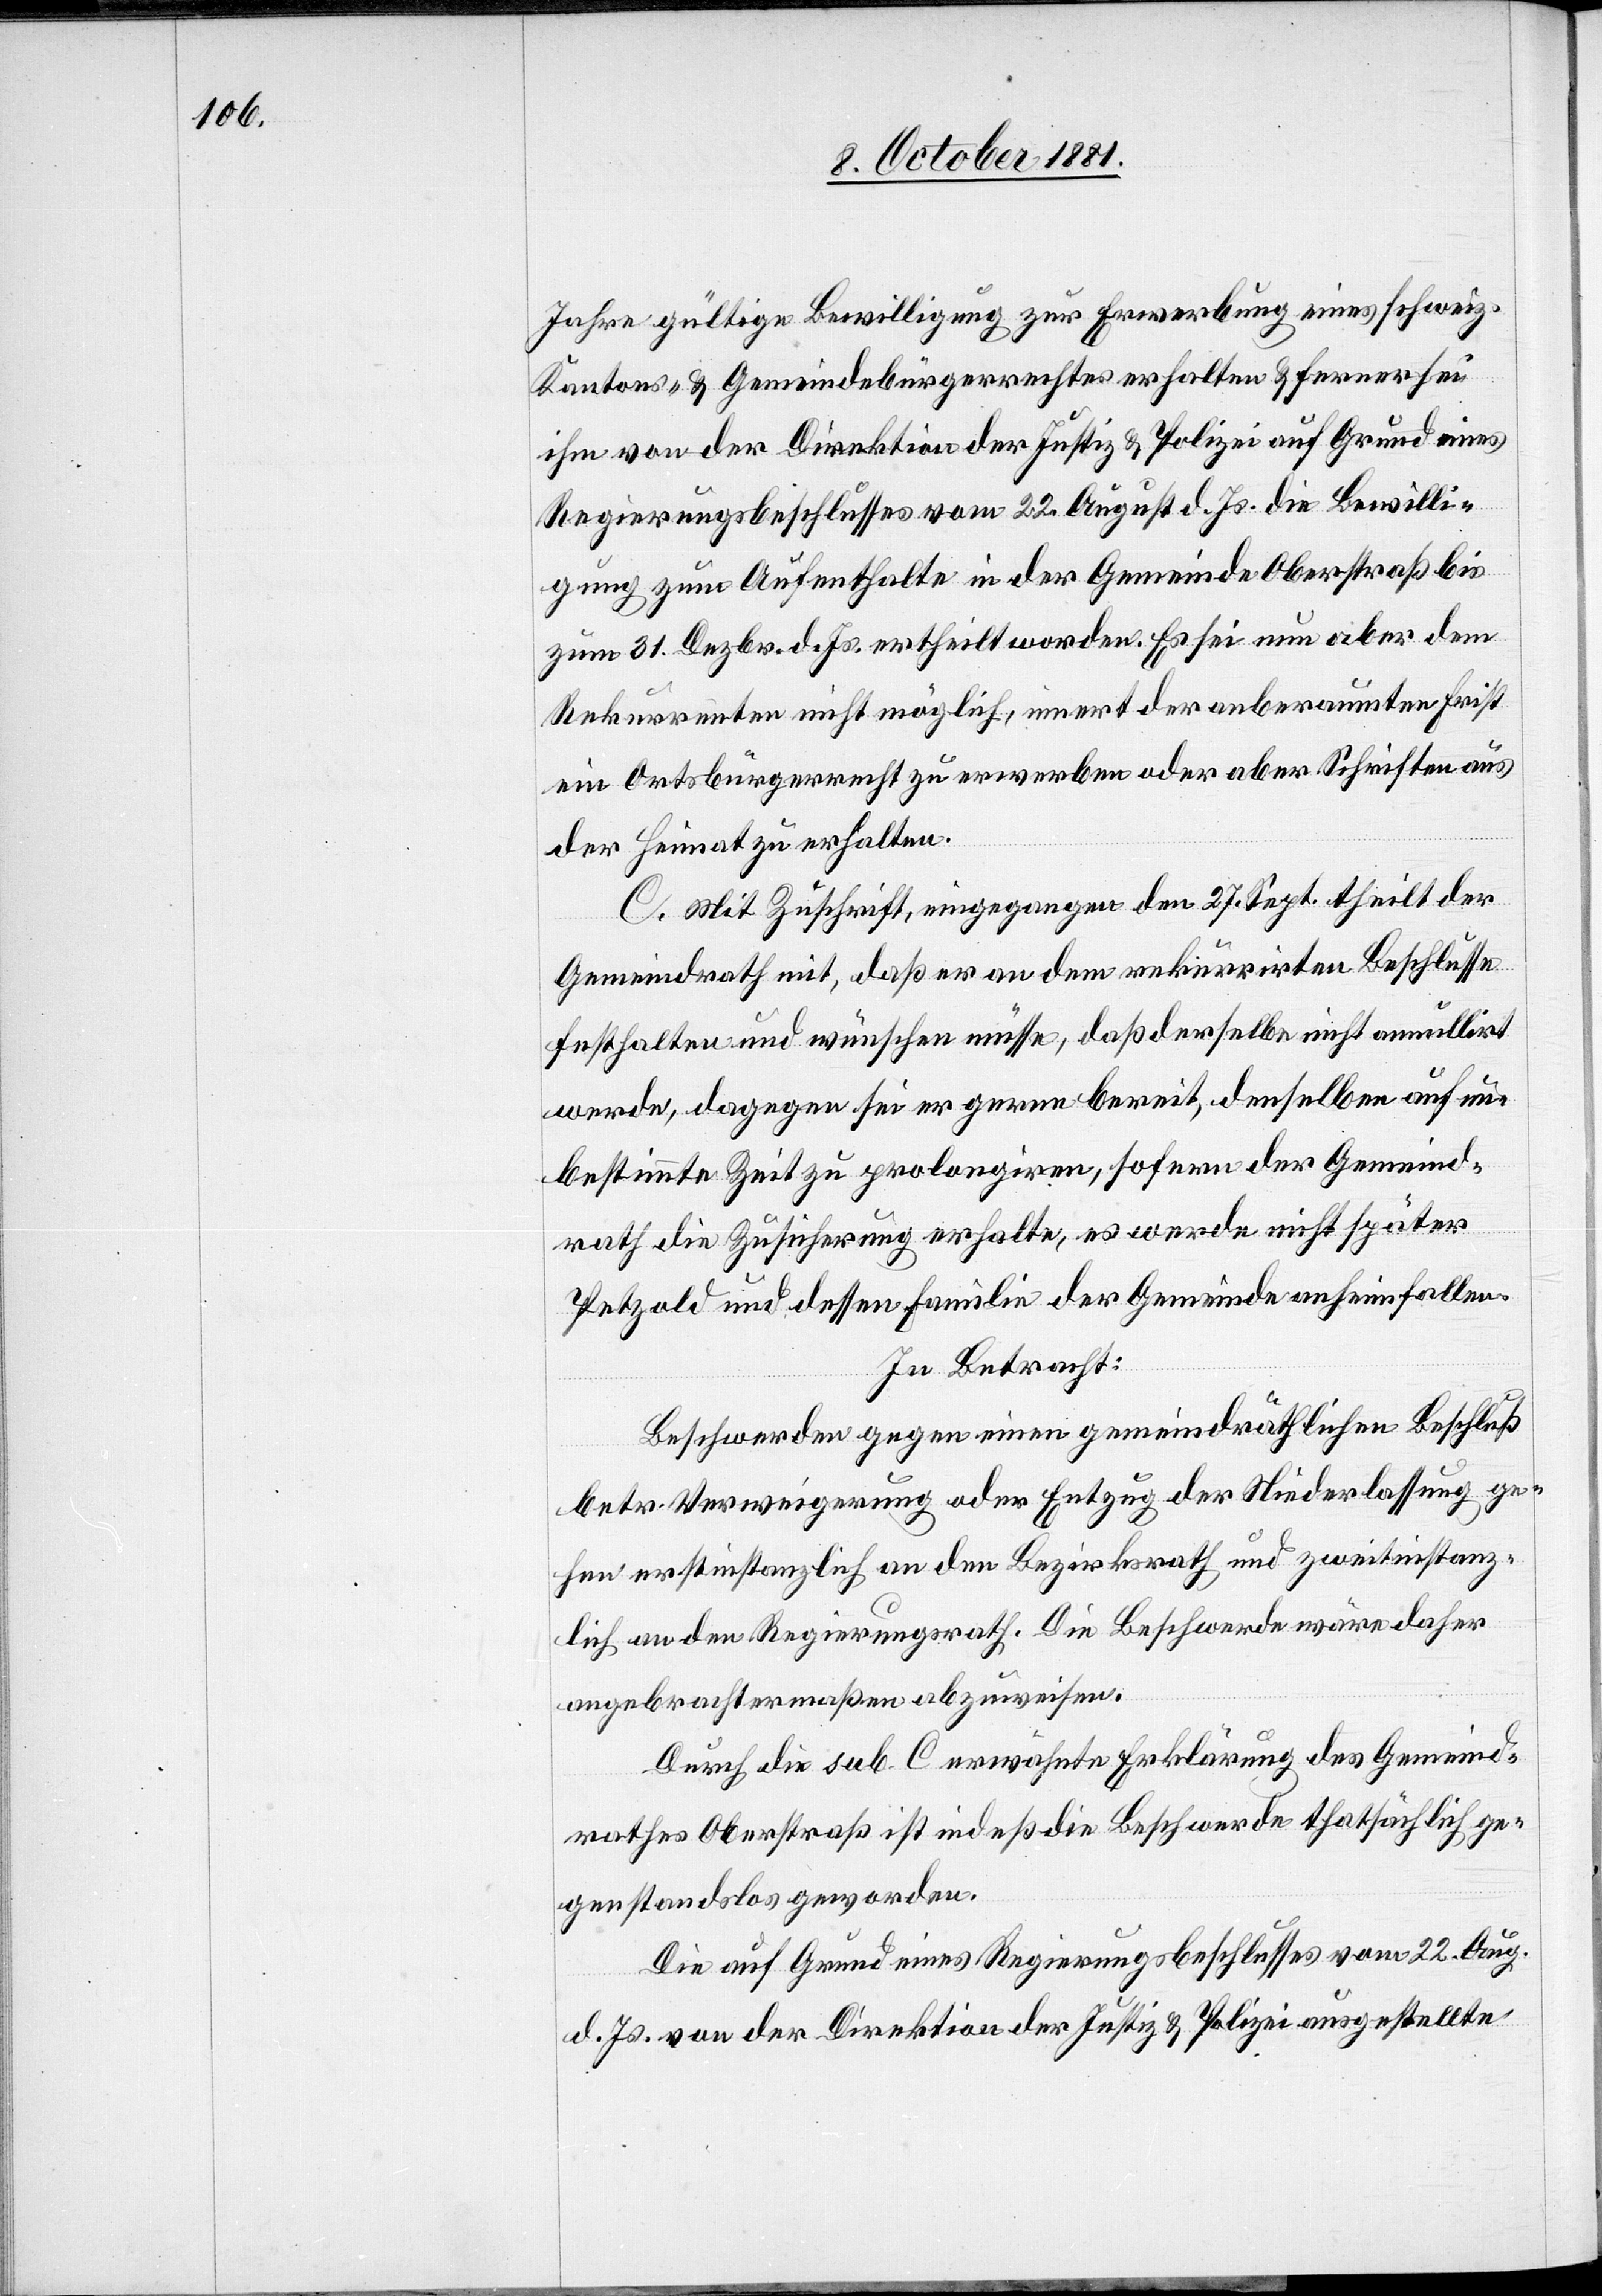
Jahre gültige Bewilligung zur Erwerbung eines schweiz.
Kantons- & Gemeindebürgerrechtes erhalten & ferner sei
ihm von der Direktion der Justiz & Polizei auf Grund eines
Regierungsbeschlusses vom 22. August d. Js. die Bewilli¬
gung zum Aufenthalte in der Gemeinde Oberstraß bis
zum 31. Dezbr. d. Js. ertheilt worden. Es sei nun aber dem
Rekurrenten nicht möglich, innert der anberaumten Frist
ein Ortsbürgerrecht zu erwerben oder aber Schriften aus
der Heimat zu erhalten.
C. Mit Zuschrift, eingegangen den 27. Sept.[,] theilt der
Gemeindrath mit, daß er an dem rekurrirten Beschlusse
festhalten und wünschen müsse, daß derselbe nicht annullirt
werde, dagegen sei er gerne bereit, denselben auf un¬
bestimmte Zeit zu prolongiren, sofern der Gemeind¬
rath die Zusicherung erhalte, es werde nicht später
Petzold und dessen Familie der Gemeinde anheimfallen.
In Betracht:
Beschwerden gegen einen gemeindräthlichen Beschluß
betr. Verweigerung oder Entzug der Niederlassung ge¬
hen erstinstanzlich an den Bezirksrath und zweitinstanz¬
lich an den Regierungsrath. Die Beschwerde wäre daher
angebrachtermaßen abzuweisen.
Durch die sub. C erwähnte Erklärung des Gemeind¬
rathes Oberstraß ist indeß die Beschwerde thatsächlich ge¬
genstandslos geworden.
Die auf Grunde eines Regierungsbeschlusses vom 22. Aug.
d. Js. der Direktion der Justiz & Polizei ausgestellte